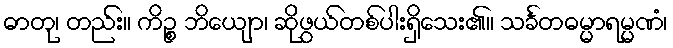
ဓာတု၊ တည်း။ ကိဉ္စ ဘိယျော၊ ဆိုဖွယ်တစ်ပါးရှိသေး၏။ သင်္ခတဓမ္မာရမ္မဏံ၊